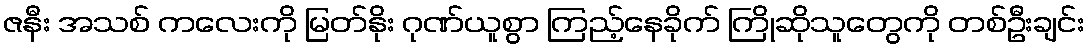
ဇနီး အသစ် ကလေးကို မြတ်နိုး ဂုဏ်ယူစွာ ကြည့်နေခိုက် ကြိုဆိုသူတွေကို တစ်ဦးချင်း